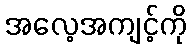
အလေ့အကျင့်ကို